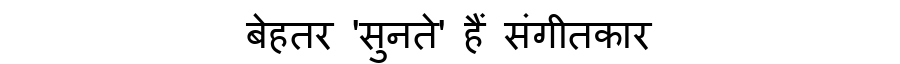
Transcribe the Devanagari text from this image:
बेहतर 'सुनते' हैं संगीतकार